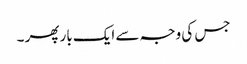
جس کی وجہ سے ایک بار پھر ۔